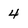
Character: 4